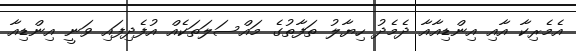
އެމެރިކާ އާއި އިންޑިއާއާ ދެމެދު ހިޔާލު ތަފާތުގެ މައްސަލަތަކެއް އުފެދިފައި ވަނީ އިންޑިއާ